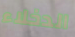
الدخلاء